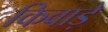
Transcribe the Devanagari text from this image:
किवाड़े